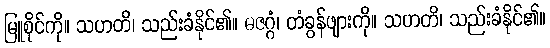
မြူစိုင်ကို။ သဟတိ၊ သည်းခံနိုင်၏။ ဓဇဂ္ဂံ၊ တံခွန်ဖျားကို။ သဟတိ၊ သည်းခံနိုင်၏။